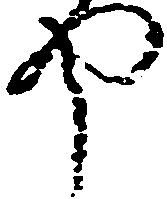
や